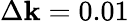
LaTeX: \Delta\mathbf{k}=0.01